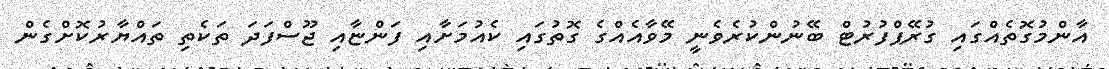
އާންމުގޮތެއްގައި ގުރޭޕްފުރުޓް ބޭނުންކުރެވެނީ މޭވާއެއްގެ ގޮތުގައި ކެއުމަށާއި ފަންޏާއި ޖޫސްފަދަ ތަކެތި ތައްޔާރުކޮށްގެން